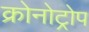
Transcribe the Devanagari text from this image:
क्रोनोट्रोप